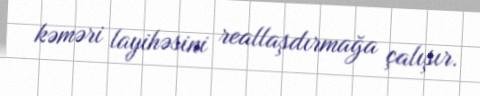
kəməri layihəsini reallaşdırmağa çalışır.